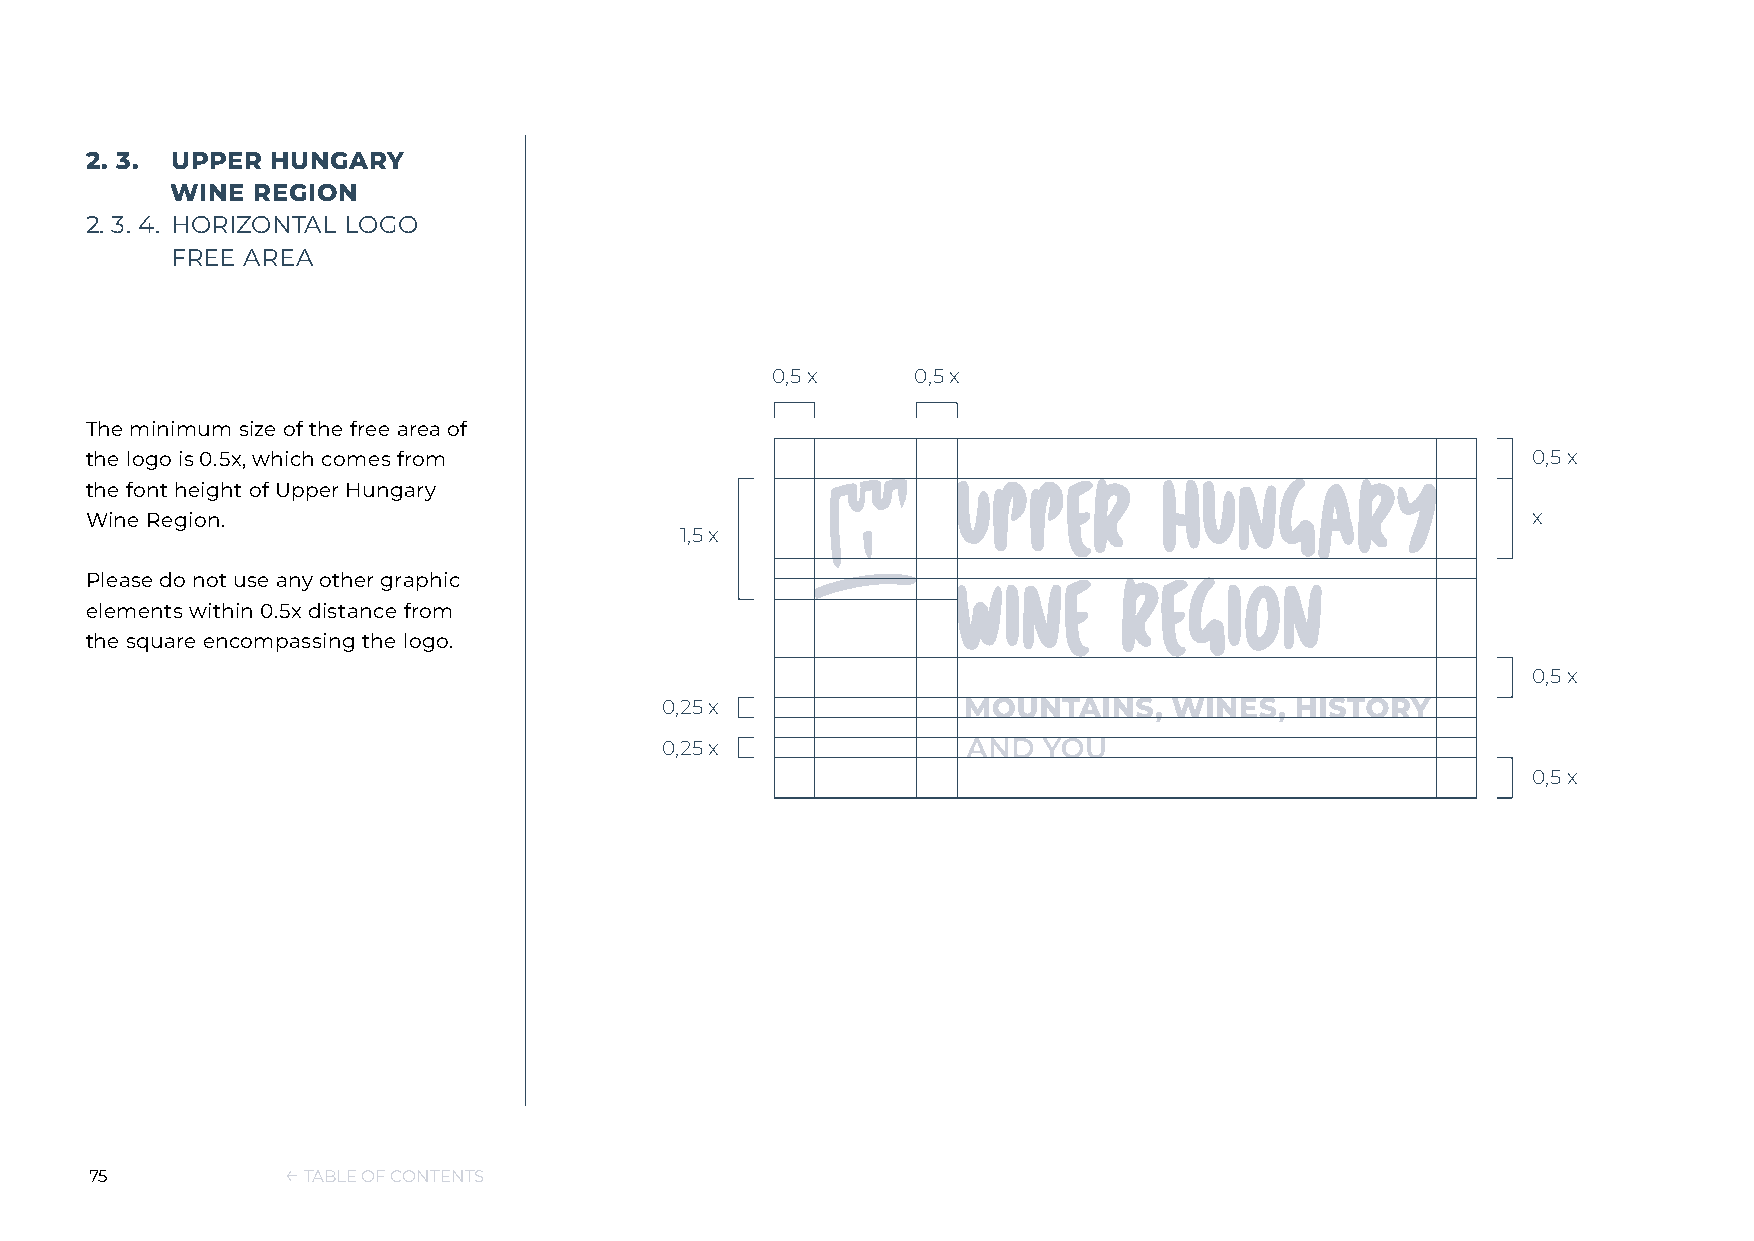
2. 3. UPPER HUNGARY
 WINE  REGION
 2. 3. 4. HORIZONTAL LOGO
 FREE AREA
 0,5 x     0,5 x
 The minimum size of the free area of
 the logo is 0.5x, which comes from                                                             0,5 x
 the font height of Upper Hungary
 Wine Region.                                                                                   x
 1,5 x
 Please do not use any other graphic
 elements within 0.5x distance from
 the square encompassing the logo.
 0,5 x
 0,25 x
 0,25 x
 0,5 x
 75           ← TABLE OF CONTENTS